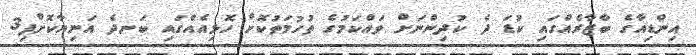
އިންޑިއާގެ ބާޒާރެއްގައި ކުޑަ ދެ ކުދިންނަށް ވައްކަމުގެ ތުހުމަތުކޮށް ހޮޅިއެއްގައި ބަނދެ އަނިޔާކޮށްފި3